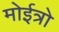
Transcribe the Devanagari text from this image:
मोईत्रो